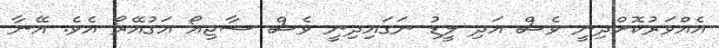
އެއްވަރުކޮށްދިނީ ވެސް އަދި ލީޑު ނަގައިދިނީ ވެސް ސާޖިއޯ އަގުއޭރޯ އެވެ. އޭނާ